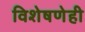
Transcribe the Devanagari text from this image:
विशेषणेही